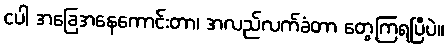
ငပါ အခြေအနေကောင်းတာ၊ အလည်လက်ခံတာ တွေ့ကြရပြီပဲ။